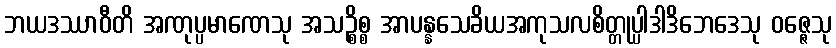
ဘယဒဿာဝီတိ အဏုပ္ပမာဏေသု အသဉ္စိစ္စ အာပန္နသေခိယအကုသလစိတ္တုပ္ပါဒါဒိဘေဒေသု ဝဇ္ဇေသု